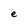
Character: e